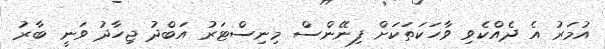
އުމަރު އެ ދެއްކެވި ވާހަކަތަކަށް ފިނޭންސް މިނިސްޓަރު އަބްދު ޖިހާދު ވަނީ ބާރު